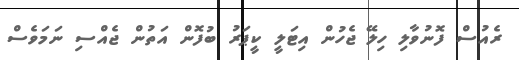
ރެއުސް ފޮނުވާލި ހިލޭ ޖެހުން އިޓަލީ ކީޕަރު ބުފޮން އަތުން ޖެއްސި ނަމަވެސް